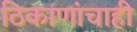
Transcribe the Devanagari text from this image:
ठिकाणांचाही